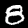
Label: 8